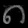
Digit: ၈